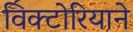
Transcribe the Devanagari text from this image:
विक्टोरियाने